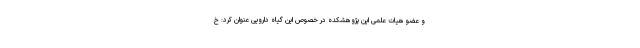
و عضو هیات علمی این پژوهشکده در خصوص این گیاه دارویی عنوان کرد: خ